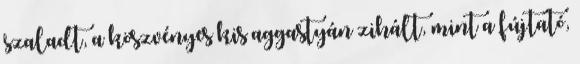
szaladt, a köszvényes kis aggastyán zihált, mint a fújtató,